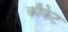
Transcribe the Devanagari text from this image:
कौकेट